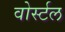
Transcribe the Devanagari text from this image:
वोर्स्टल